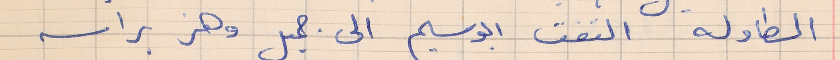
الطاولة التفت ابو سليم الى جميل وهز براسه